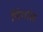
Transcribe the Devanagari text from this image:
पिंपांत